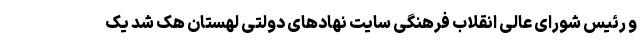
و رئیس شورای عالی انقلاب فرهنگی سایت نهادهای دولتی لهستان هک شد یک